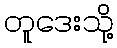
တူဒေးသို့